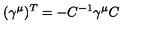
( \gamma ^ { \mu } ) ^ { T } = - C ^ { - 1 } \gamma ^ { \mu } C